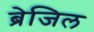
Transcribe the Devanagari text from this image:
ब्रेजिल